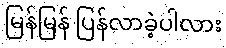
မြန်မြန် ပြန်လာခဲ့ပါလား